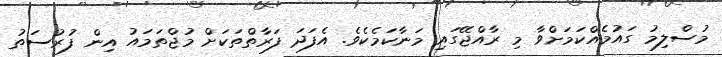
މުސްލިމު ގައުމެއްކަމަށްވާ މި ރާއްޖޭގައި މަނާކަމެކެވެ. އެފަދަ ފަރާތްތަކަށް މުޖްތަމައު އިން ފުރުސަތު